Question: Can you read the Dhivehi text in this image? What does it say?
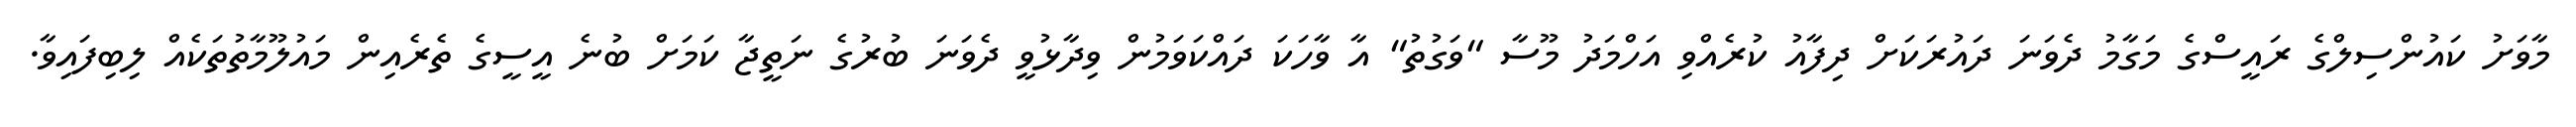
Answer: މާވަށު ކައުންސިލްގެ ރައީސްގެ މަގާމު ދެވަނަ ދައުރަކަށް ދިފާއު ކުރެއްވި އަހްމަދު މޫސާ "ވަގުތު" އާ ވާހަކަ ދައްކަވަމުން ވިދާޅުވީ ދެވަނަ ބުރުގެ ނަތީޖާ ކަމަށް ބުނެ އީސީގެ ތެރެއިން މައުލޫމާތުތަކެއް ލިބިފައިވާ.